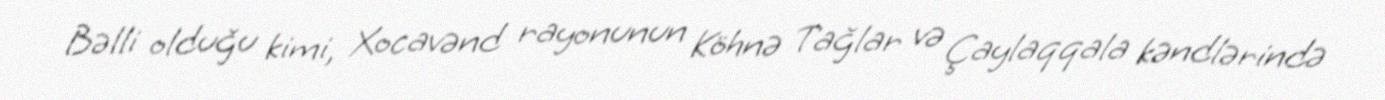
Bəlli olduğu kimi, Xocavənd rayonunun Köhnə Tağlar və Çaylaqqala kəndlərində